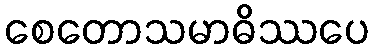
စေတောသမာဓိဿပေ